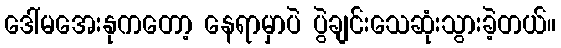
ဒေါ်မအေးနုကတော့ နေရာမှာပဲ ပွဲချင်းသေဆုံးသွားခဲ့တယ်။